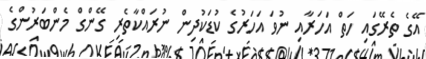
އޭގެ ތެރޭގައި ހަތް އަހަރާއި ނުވަ އަހަރުގެ ކުޑަކުދިން ނުރައްކާތެރި ގޭންގް މެންބަރުންގެ